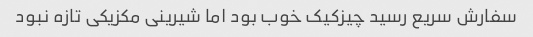
سفارش سریع رسید چیزکیک خوب بود اما شیرینی مکزیکی تازه نبود